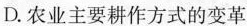
D.农业主要耕作方式的变革